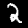
Digit: 2